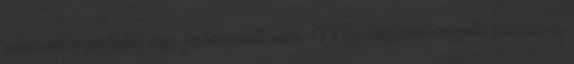
akarok meglátni egy fatörzset sem. Mindegyiket vigyék vissza a